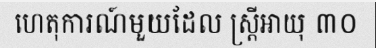
ហេតុការណ៍មួយដែល ស្ត្រីអាយុ ៣០